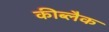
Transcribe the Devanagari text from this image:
कीब्लैक